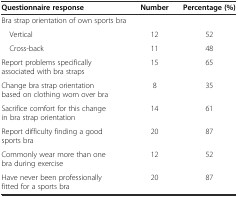
<table><thead><tr><td><b>Questionnaire response</b></td><td><b>Number</b></td><td><b>Percentage (%)</b></td></tr></thead><tbody><tr><td>Bra strap orientation of own sports bra</td><td></td><td></td></tr><tr><td> Vertical</td><td>12</td><td>52</td></tr><tr><td> Cross-back</td><td>11</td><td>48</td></tr><tr><td>Report problems specifically associated with bra straps</td><td>15</td><td>65</td></tr><tr><td>Change bra strap orientation based on clothing worn over bra</td><td>8</td><td>35</td></tr><tr><td>Sacrifice comfort for this change in bra strap orientation</td><td>14</td><td>61</td></tr><tr><td>Report difficulty finding a good sports bra</td><td>20</td><td>87</td></tr><tr><td>Commonly wear more than one bra during exercise</td><td>12</td><td>52</td></tr><tr><td>Have never been professionally fitted for a sports bra</td><td>20</td><td>87</td></tr></tbody></table>